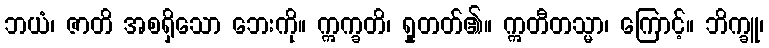
ဘယံ၊ ဇာတိ အစရှိသော ဘေးကို။ ဣက္ခတိ၊ ရှုတတ်၏။ ဣတီတသ္မာ၊ ကြောင့်။ ဘိက္ခူ၊